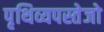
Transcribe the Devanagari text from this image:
पृथिव्यपस्तेजो